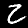
Digit: 2